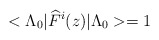
\begin{align*}<\Lambda _{0}|\widehat{F}^{i}(z)|\Lambda _{0}>=1\end{align*}